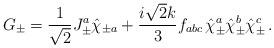
LaTeX: \begin{align*}G_\pm=\frac{1}{\sqrt 2}J^a_\pm \hat\chi_{\pm a}+\frac{i\sqrt 2 k}{3}f_{abc}\,\hat\chi^a_\pm\hat\chi^b_\pm \hat\chi^c_\pm\, .\end{align*}